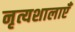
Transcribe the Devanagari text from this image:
नृत्यशालाएँ